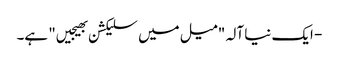
- ایک نیا آلہ "میل میں سلیکشن بھیجیں" ہے۔